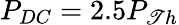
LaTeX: P_{DC}=2.5P_{\mathscr{T}h}